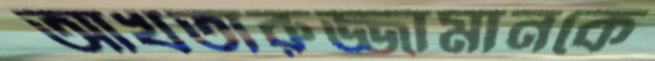
আখতারুজ্জামানকে